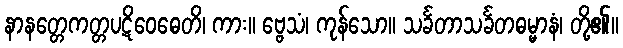
နာနတ္တေကတ္တပဋိဝေဓေတိ၊ ကား။ ဗ္ဗေသံ၊ ကုန်သော။ သင်္ခတာသင်္ခတဓမ္မာနံ၊ တို့၏။